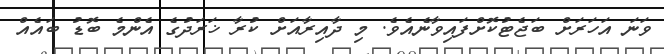
ވަނަ އަހަރަށް ބަޖެޓުކޮށްފައިވާނެއެވެ. މި ދާއިރާއަށް ކުރާ ޚަރަދުގެ އެންމެ ބޮޑު ބައެއް